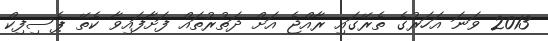
2013 ވަނަ އަހަރުގެ ތެރޭގައި ރާއްޖެ އަށް ދަތުރުތައް ފަށާފައިވާ ކެތޭ ޕެސިފިކް